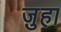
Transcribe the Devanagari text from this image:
ज़ुहा